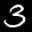
Label: 3